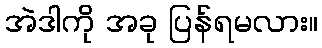
အဲဒါကို အခု ပြန်ရမလား။